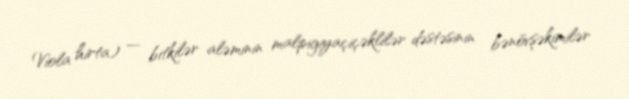
Viola hirta) — bitkilər aləminin malpigiyaçiçəklilər dəstəsinin bənövşəkimilər